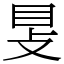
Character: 𥄎